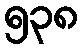
၅၃၈